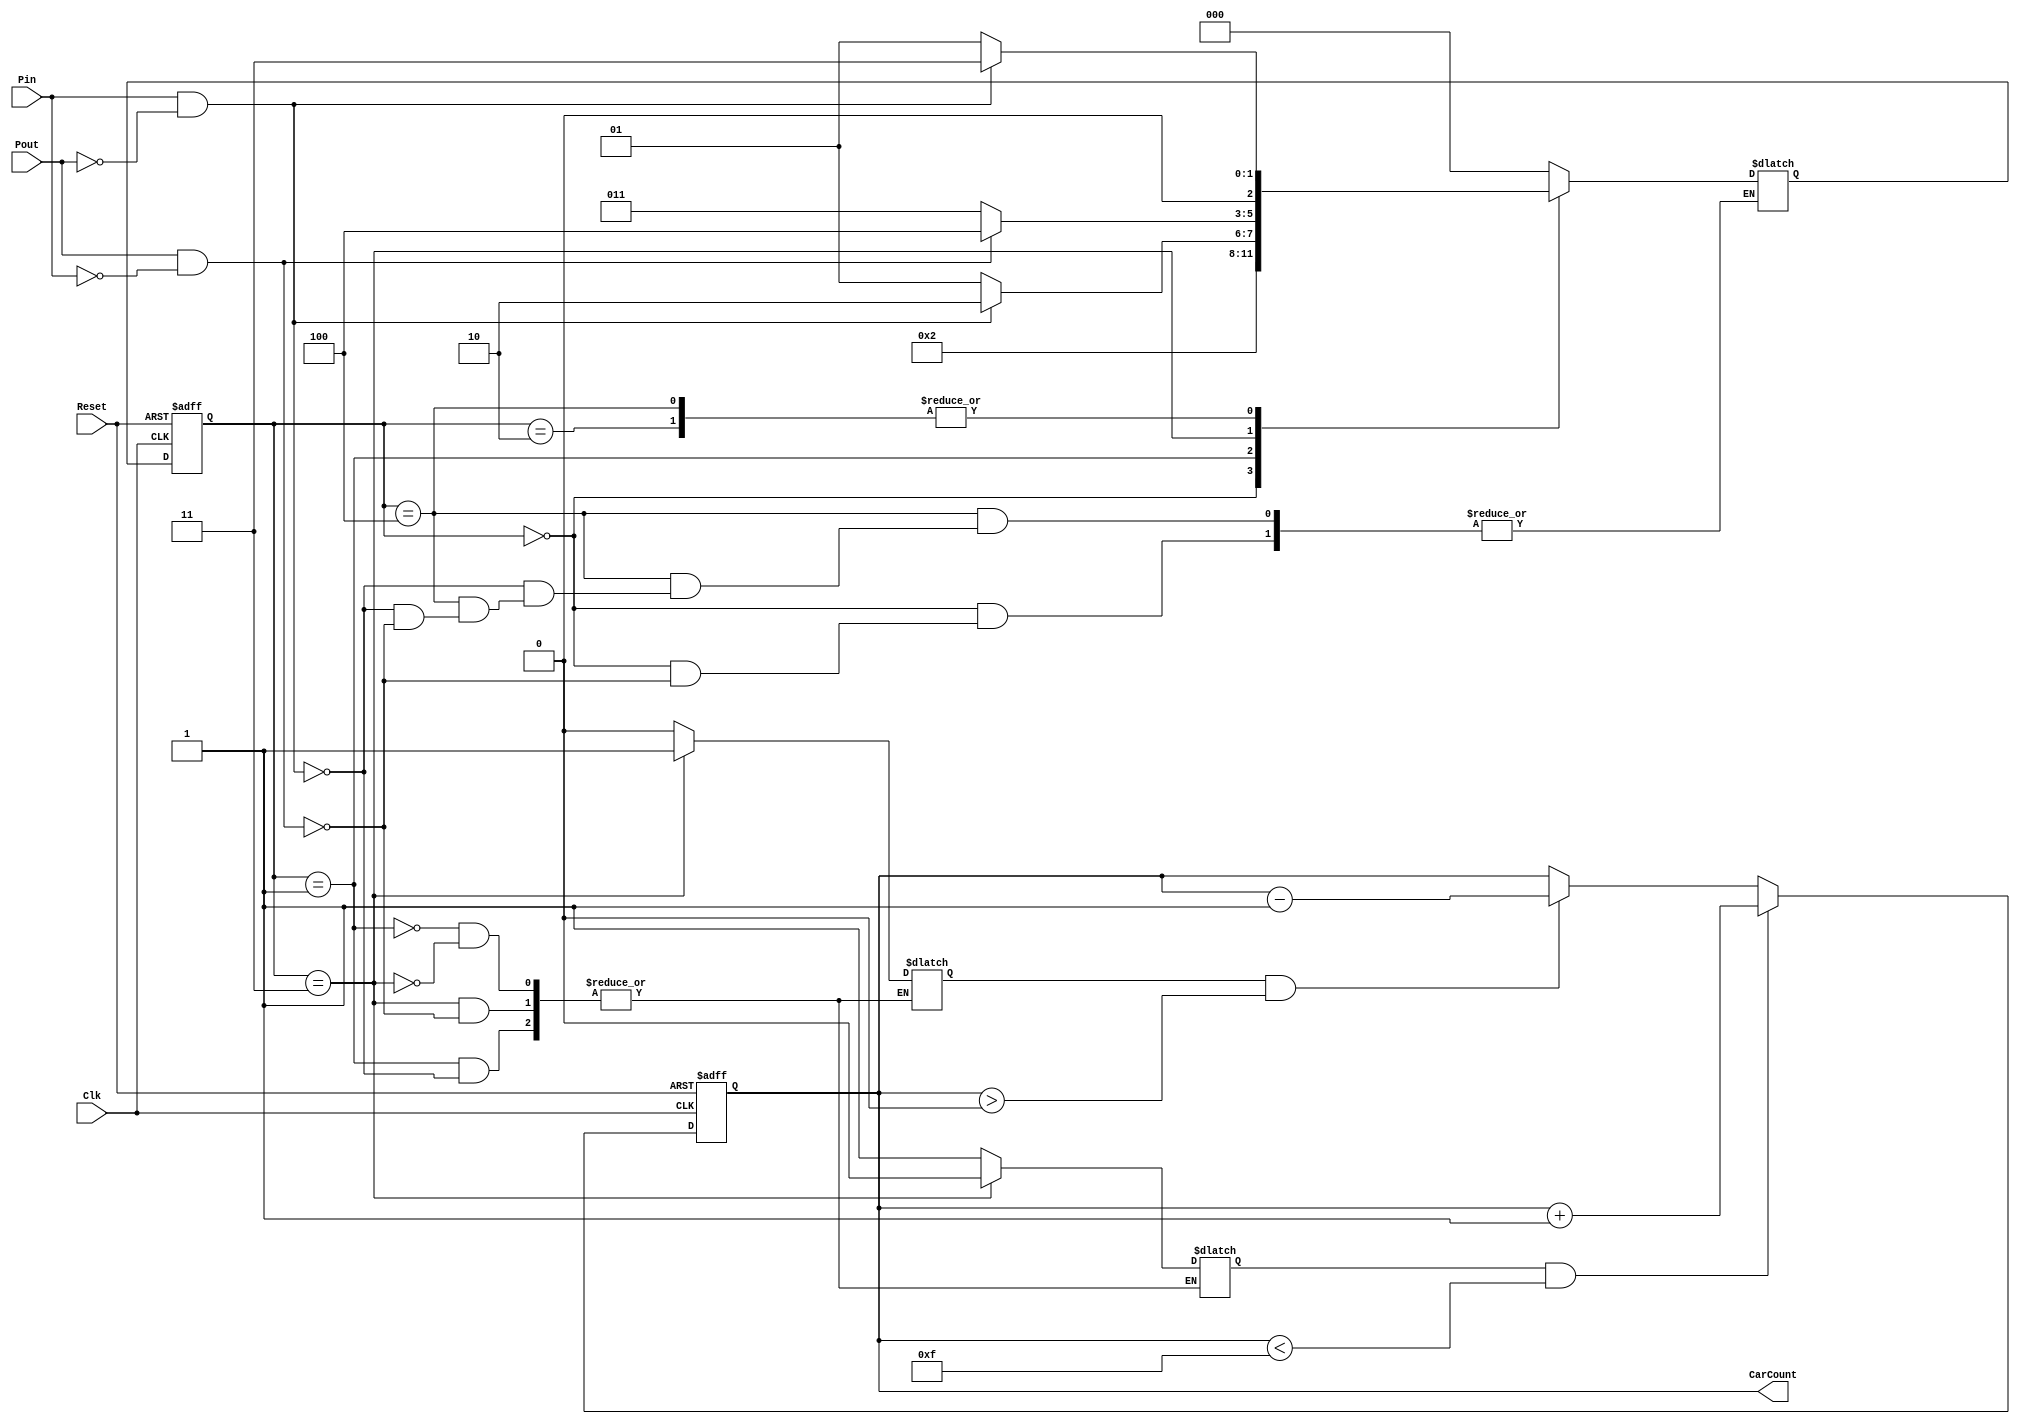
module Park_FSM (
  input Clk,
  input Reset,
  input Pin,
  input Pout,
  output reg[3:0] CarCount);
  reg [2:0] present_state,next_state;
//  reg [3:0] count;
  reg car_in, car_out;
  parameter start = 0, carinc = 1, check1=2, cardec=3, check2=4;
  
  
  always@(posedge Clk, posedge Reset)
  if(Reset==1)
  present_state = start;
  else
  present_state = next_state;
  
  
  always@(*)
  case(present_state)
start: if(Pout == 1 && Pin==0)
        next_state = carinc;
carinc: if(Pin == 1 && Pout ==0 )begin
        next_state = check1;
        car_in <= 1 ; car_out <= 0;
        end
        else
        next_state = carinc;
check1: if(Pout == 0 && Pin == 1)
        next_state = cardec;
        else
        next_state = carinc;
cardec: if(Pout == 1 && Pin == 0)
        begin
        next_state = check2;
        car_in <= 0; car_out <= 1;
        end
        else
        next_state = cardec;
check2:  if(Pout==0 && Pin==1) 
        next_state=cardec;
     else if (Pout==1 && Pin==0) 
        next_state=carinc;

default: next_state = start;
  endcase
  
  
  always@(posedge Clk , posedge Reset ) begin
        if (Reset==1'b1) CarCount <= 4'b0000;
        else if (car_in==1 && CarCount < 15) 
                CarCount <= CarCount + 1;
        else if (car_out==1 && CarCount>0) 
                CarCount <= CarCount - 1;
    end
    
    
//   always@(*) begin
//            CarCount = count;
//        end    
endmodule